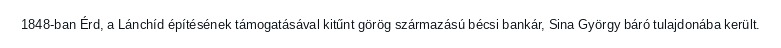
1848-ban Érd, a Lánchíd építésének támogatásával kitűnt görög származású bécsi bankár, Sina György báró tulajdonába került.